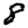
Digit: 8